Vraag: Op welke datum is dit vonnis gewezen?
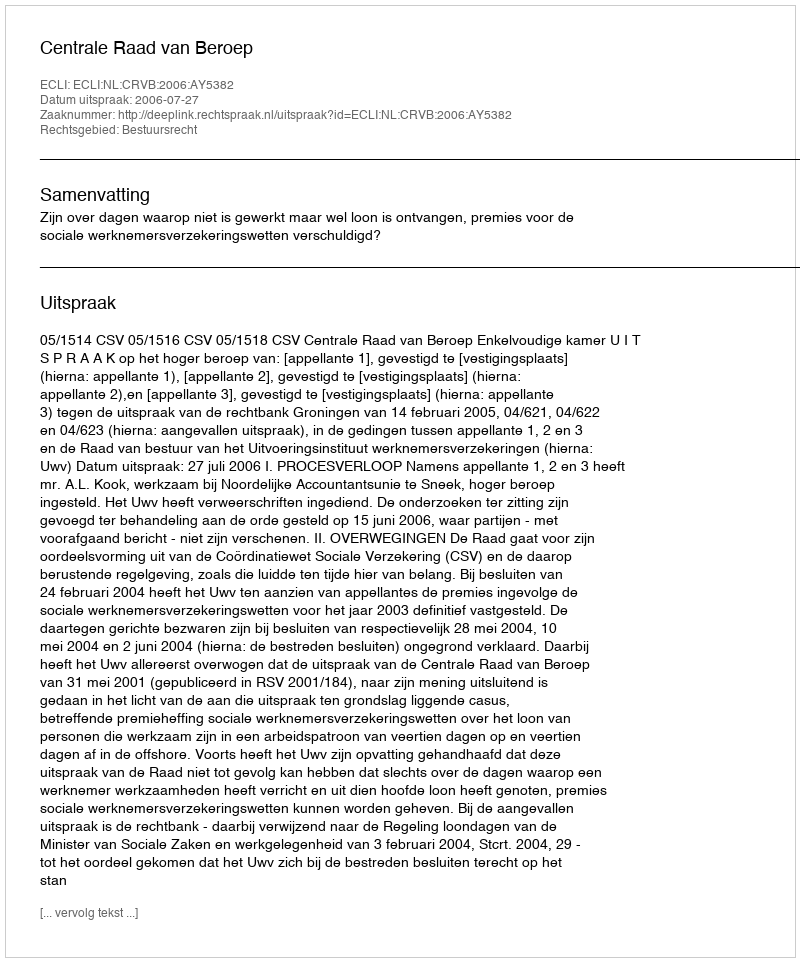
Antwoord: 2006-07-27